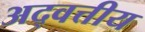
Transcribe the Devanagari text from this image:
अद्वत्तीय